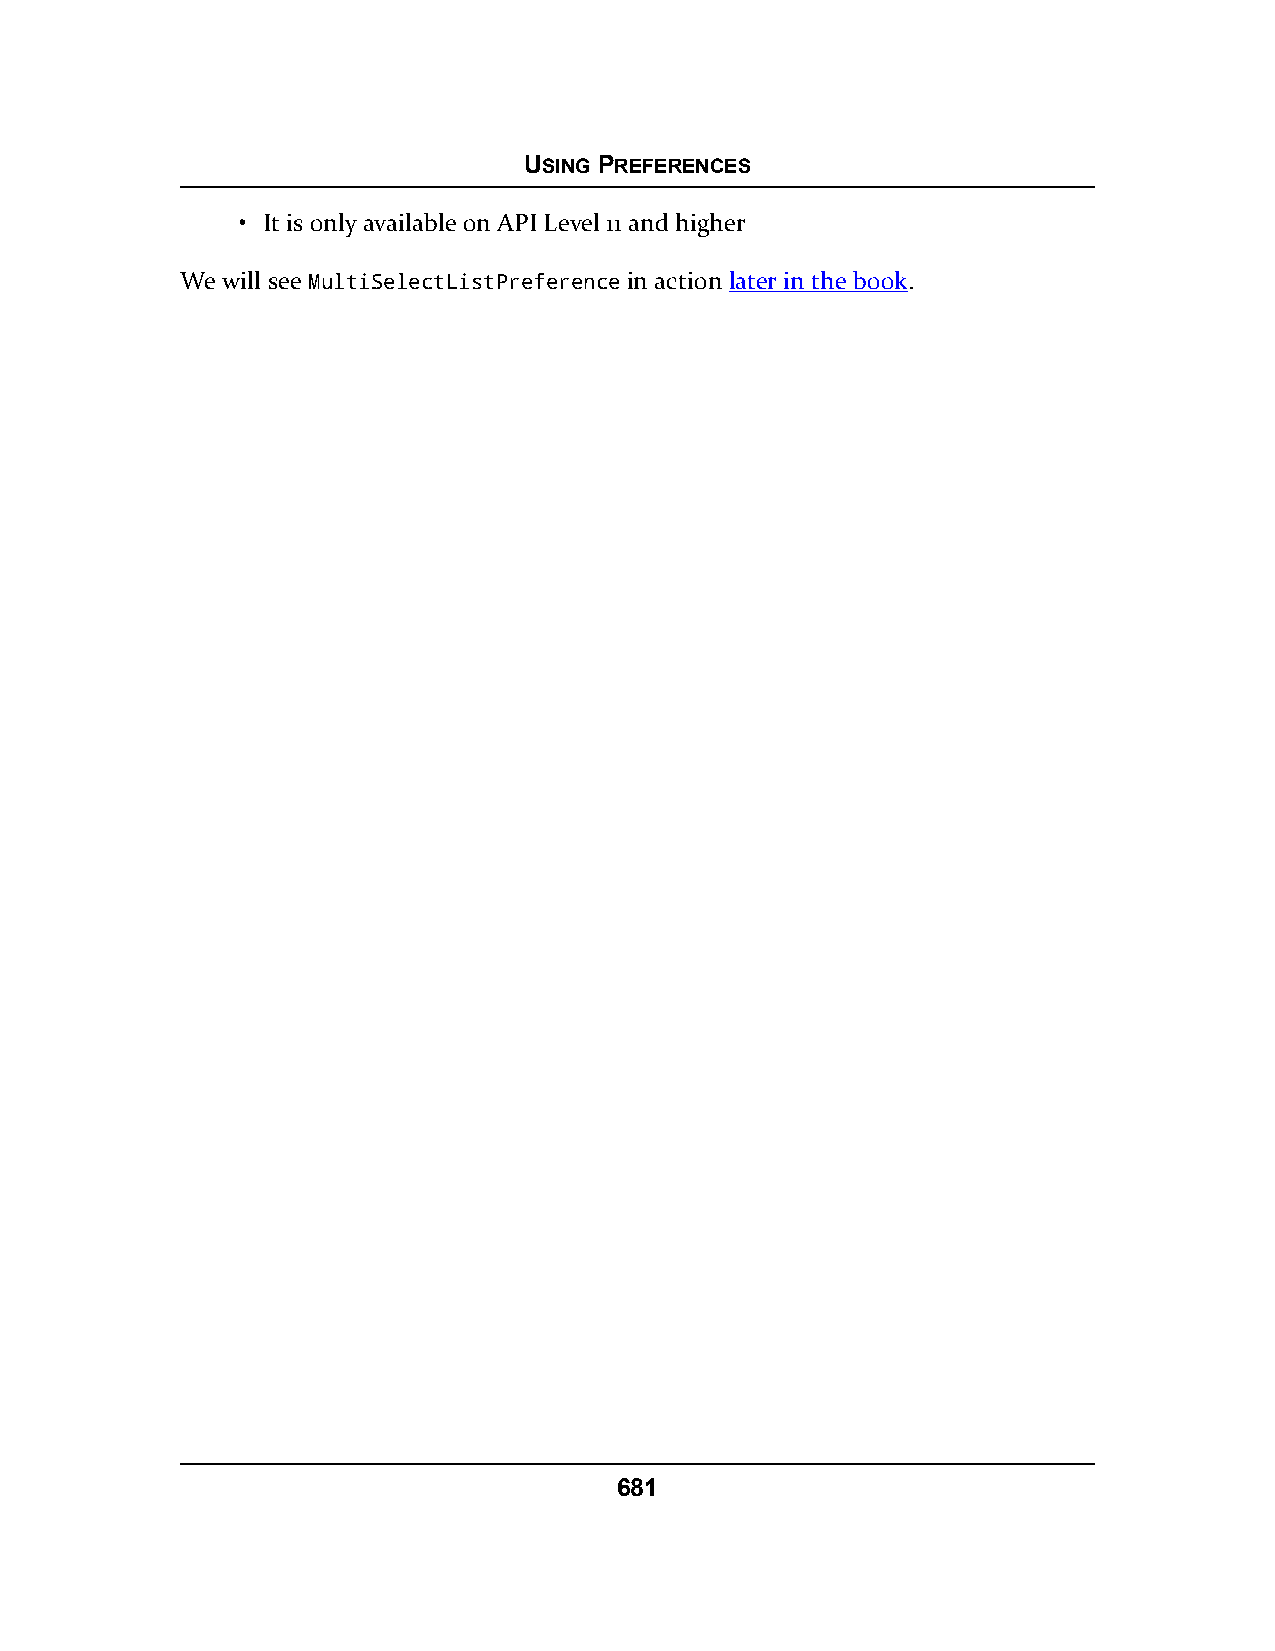
USING PREFERENCES
 • It is only available on API Level 11 and higher
 We will see MultiSelectListPreference in action later in the book.
 681